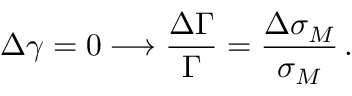
\Delta \gamma = 0 \longrightarrow \frac { \Delta \Gamma } { \Gamma } = \frac { \Delta \sigma _ { M } } { \sigma _ { M } } \, .